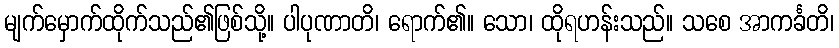
မျက်မှောက်ထိုက်သည်၏ဖြစ်သို့။ ပါပုဏာတိ၊ ရောက်၏။ သော၊ ထိုရဟန်းသည်။ သစေ အာကင်္ခတိ၊